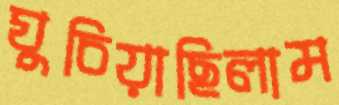
ঘুচিয়াছিলাম